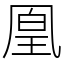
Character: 凰